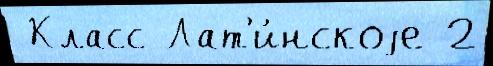
 Класс Лат'и́нскоjе 2